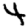
Digit: 4